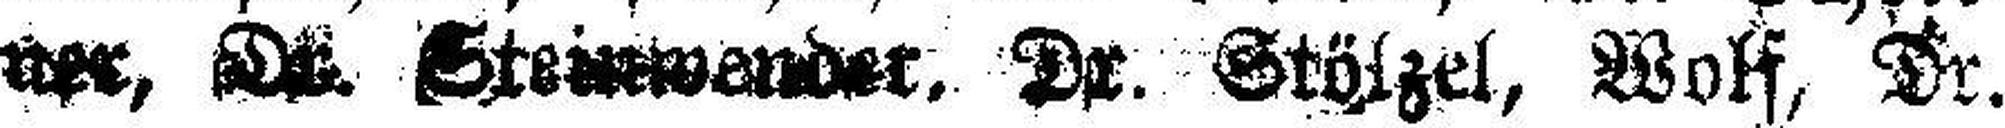
ner, Dr. Steinwender, Dr. Stölzel, Wolf, Dr.